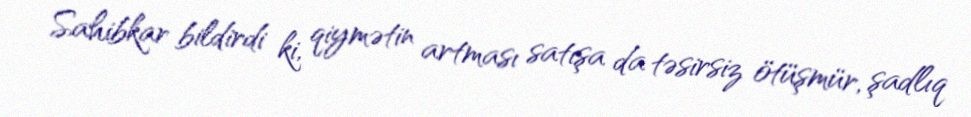
Sahibkar bildirdi ki, qiymətin artması satışa da təsirsiz ötüşmür, şadlıq